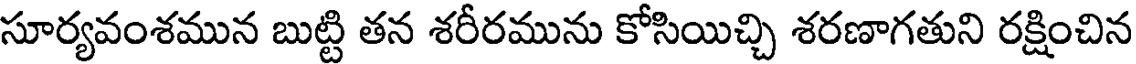
సూర్యవంశమున బుట్టి తన శరీరమును కోసియిచ్చి శరణాగతుని రక్షించిన